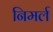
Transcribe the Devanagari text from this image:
निमर्ल